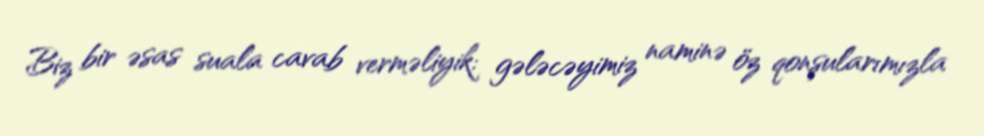
Biz bir əsas suala cavab verməliyik: gələcəyimiz naminə öz qonşularımızla